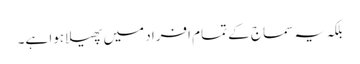
بلکہ یہ سماج کے تمام افراد میں پھیلا ہوا ہے۔